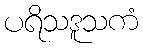
ပရိသဒူသကံ